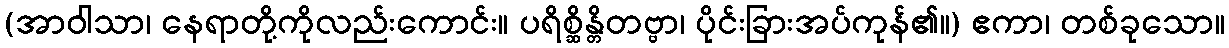
(အာဝါသာ၊ နေရာတို့ကိုလည်းကောင်း။ ပရိစ္ဆိန္တိတဗ္ဗာ၊ ပိုင်းခြားအပ်ကုန်၏။) ဧကာ၊ တစ်ခုသော။